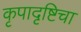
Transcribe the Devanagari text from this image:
कृपादृष्टिचा